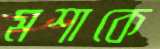
মশাকে